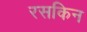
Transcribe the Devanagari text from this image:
रसकिन